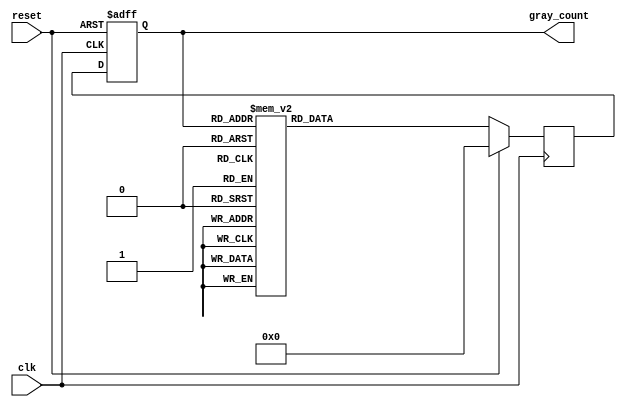
module Gray_Counter_Clock_Divider (
    input wire clk,
    input wire reset,
    output reg [3:0] gray_count
);

reg [3:0] gray_count_next;

always @ (posedge clk or posedge reset)
begin
    if (reset)
        gray_count <= 4'b0;
    else
        gray_count <= gray_count_next;
end

always @ (posedge clk)
begin
    if (reset)
        gray_count_next <= 4'b0;
    else
    begin
        case(gray_count)
            4'b0000: gray_count_next <= 4'b0001;
            4'b0001: gray_count_next <= 4'b0011;
            4'b0011: gray_count_next <= 4'b0010;
            4'b0010: gray_count_next <= 4'b0110;
            4'b0110: gray_count_next <= 4'b0111;
            4'b0111: gray_count_next <= 4'b0101;
            4'b0101: gray_count_next <= 4'b0100;
            4'b0100: gray_count_next <= 4'b1100;
            4'b1100: gray_count_next <= 4'b1101;
            4'b1101: gray_count_next <= 4'b1111;
            4'b1111: gray_count_next <= 4'b1110;
            4'b1110: gray_count_next <= 4'b1010;
            4'b1010: gray_count_next <= 4'b1011;
            4'b1011: gray_count_next <= 4'b1001;
            4'b1001: gray_count_next <= 4'b1000;
            4'b1000: gray_count_next <= 4'b0000;
            default: gray_count_next <= 4'b0000;
        endcase
    end
end

endmodule